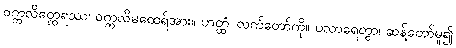
ဝက္ကလိတ္ထေရဿ၊ ဝက္ကလိမထေရ်အား။ ဟတ္ထံ၊ လက်တော်ကို။ ပသာရေတွာ၊ ဆန့်တော်မူ၍